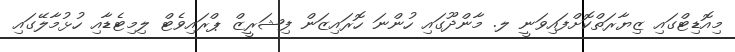
މިއޮޑިޓްގައި ޒިޔާރަތްކޮށްފައިވަނީ ލ. މާންދޫގައި ހުންނަ ހޮރައިޒަން ފިޝަރީޒް ޕްރައިވެޓް ލިމިޓެޑާއި ހުޅުމާލޭގައި